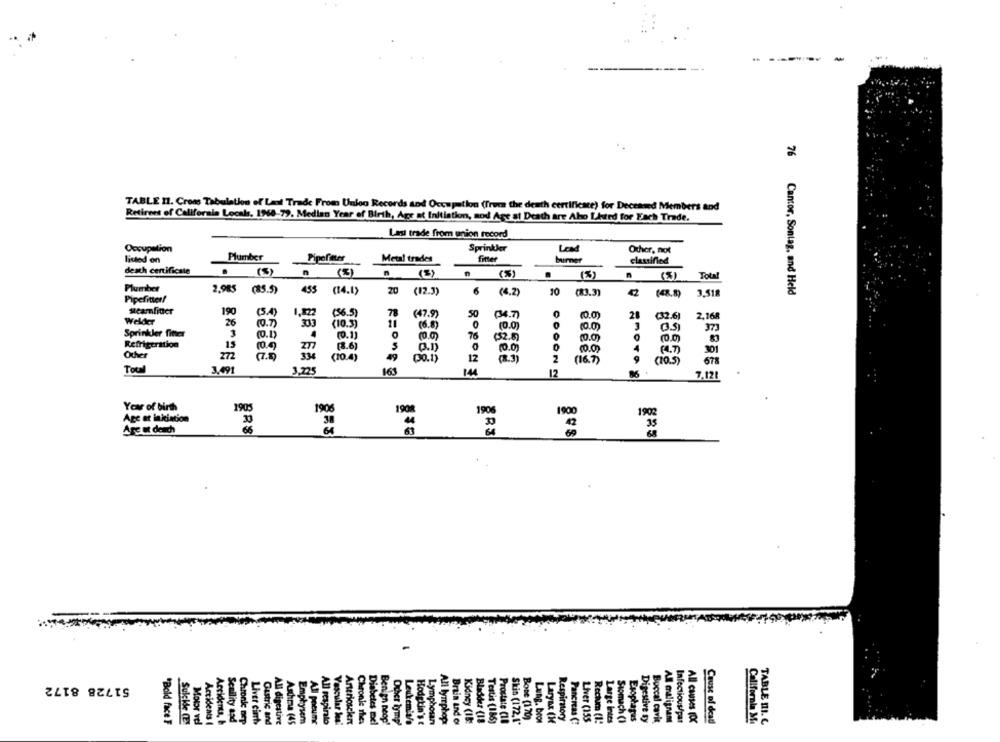
TABLE 11. Cross Tabulation of Last Trade From Unloo Records and Occupation (from the death certificate) for Deceased Members and
Retirees of Califorals Locals, 1968-79. Median Year of Birth, Agr at Initiatim, sod Age at Death are Aho LAted for Each Trade.
Las trade from union record
Occupation
Sprinkler
Lrad
Other, not
listed on
Plumber
Metal trades
fitter
burner
classified
death certificate
(5)
n (%)
n
(3)
(5)
.
(3)
Total
Plumber
2,985
(85.5)
455
(14.1)
20 (12.3)
6
(4.2)
10
(83.3)
3.518
76 Cantor, Sontag, and Held
Pipefitter!
Meamfitier
190
(5.4)
(56.5)
78
Welder
1,822
(47.9)
50
(34.7)
(.0)
28
(32.6]
2,168
26
(9.7)
(10.3)
11
(6.8)
(0.0)
(0.0)
373
Sprinkler fitter
(0.1)
(0.1)
76
(3.5)
(52.8)
(0.0)
Refrigeration
IS
277
(8.6)
10.0)
4
(4.7)
301
Other
272
(7.5)
334
(10.4)
49
12
10.0
(30.1)
(8.3)
COOON
(16.7)
(10.5)
678
Total
3,491
3,225
161
14
12
86
7.12!
Year of birth
1905
1906
1900
Age at inkiation
Are ut dench
51728 8172
Kidney
Sukkde (E
Motor vel
Scellity and
Chronk nep
Liver cimts
Gastric and
Bone (120)
Lang. bror
Larynx (K
Respirnory
Pancreas (!
Liver (155
Rectum (1:
Large intes
Stomach (1
Esophagas
Digestive sy
All cralignent
Infectious/par
All causes FOX
Cause of deall
TABLE III. C
"Bold face F
Accidents (
Accidents, &
All digestive
Skin (172.1"
Buccal cavit
California Me